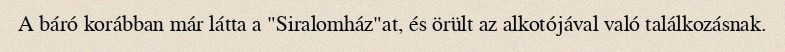
A báró korábban már látta a "Siralomház"at, és örült az alkotójával való találkozásnak.